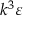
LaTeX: k ^ { 3 } \varepsilon